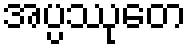
အပ္ပဿုတေ